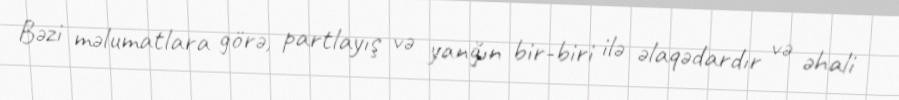
Bəzi məlumatlara görə, partlayış və yanğın bir-biri ilə əlaqədardır və əhali